Scottish Certificate of Education, 1962
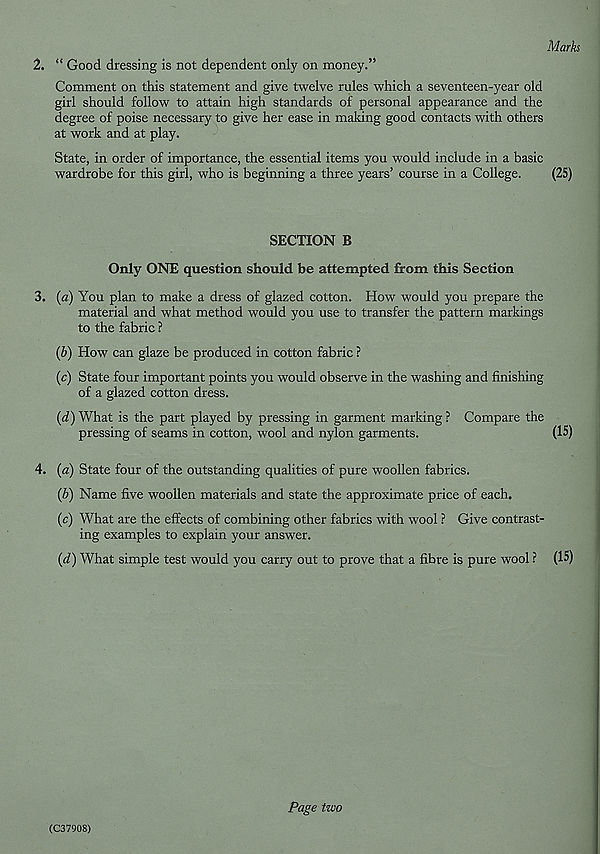
Marks
2. “ Good dressing is not dependent only on money.”
Comment on this statement and give twelve rules which a seventeen-year old
girl should follow to attain high standards of personal appearance and the
degree of poise necessary to give her ease in making good contacts with others
at work and at play.
State, in order of importance, the essential items you would include in a basic
wardrobe for this girl, who is beginning a three years’ course in a College.
(25)
SECTION B
Only ONE question should be attempted from this Section
3. (a) You plan to make a dress of glazed cotton. How would you prepare the
material and what method would you use to transfer the pattern markings
to the fabric ?
(b) How can glaze be produced in cotton fabric ?
(c) State four important points you would observe in the washing and finishing
of a glazed cotton dress.
(d) What is the part played by pressing in garment marking ? Compare the
pressing of seams in cotton, wool and nylon garments.
(IS)
4. (a) State four of the outstanding qualities of pure woollen fabrics.
(b) Name five woollen materials and state the approximate price of each.
(c) What are the effects of combining other fabrics with wool ? Give contrast-
ing examples to explain your answer.
(d) What simple test would you carry out to prove that a fibre is pure wool ? (IS)
(C37908)
Page two